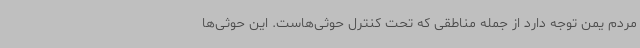
مردم یمن توجه دارد از جمله مناطقی که تحت کنترل حوثی‌هاست. این حوثی‌ها